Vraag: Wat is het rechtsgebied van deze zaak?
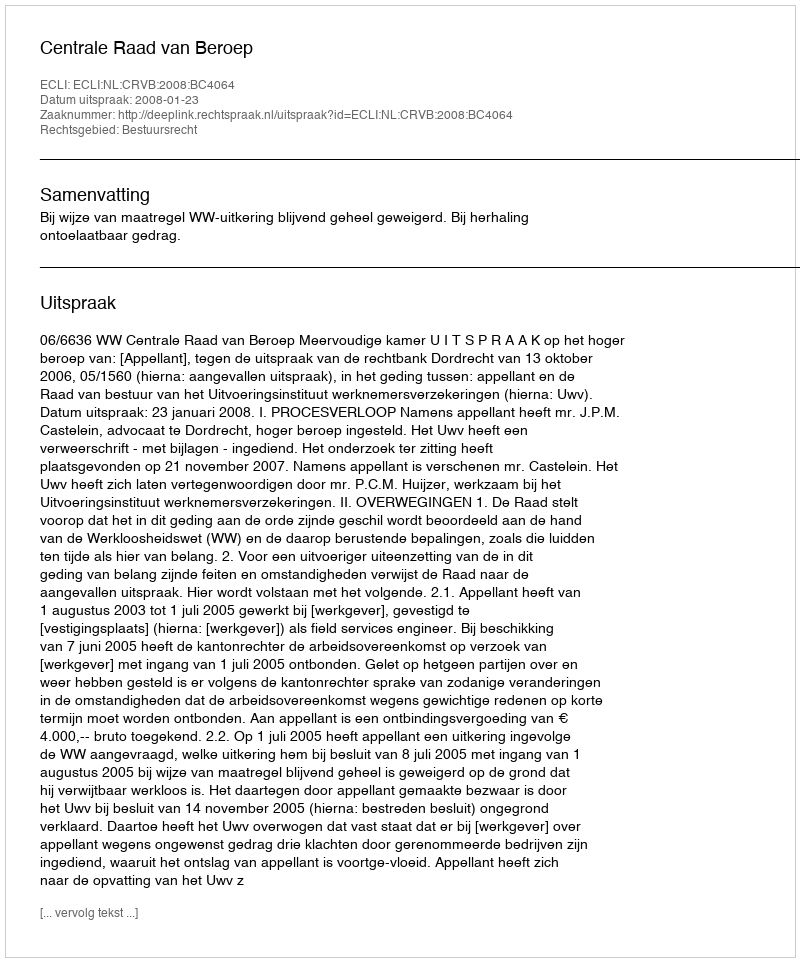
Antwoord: Bestuursrecht